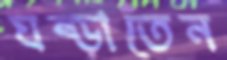
ঘষ্‌ড়াতেন